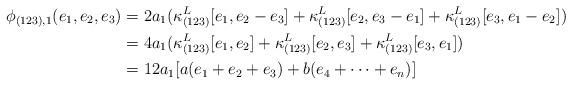
LaTeX: \begin{align*}\phi_{(123),1}(e_1,e_2,e_3)&=2a_1(\kappa^L_{(123)}[e_1,e_2-e_3]+\kappa^L_{(123)}[e_2,e_3-e_1]+\kappa^L_{(123)}[e_3,e_1-e_2])\\&=4a_1(\kappa^L_{(123)}[e_1,e_2]+\kappa^L_{(123)}[e_2,e_3]+\kappa^L_{(123)}[e_3,e_1])\\&=12a_1[a(e_1+e_2+e_3)+b(e_4+\cdots+e_n)]\end{align*}